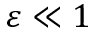
\varepsilon \ll 1